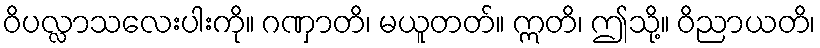
ဝိပလ္လာသလေးပါးကို။ ဂဏှာတိ၊ မယူတတ်။ ဣတိ၊ ဤသို့။ ဝိညာယတိ၊